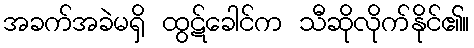
အခက်အခဲမရှိ ထွဋ်ခေါင်က သီဆိုလိုက်နိုင်၏။